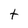
Character: t